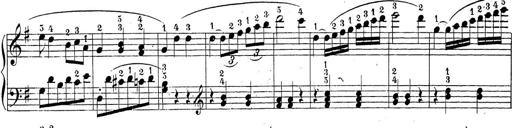
Title: Sonatina Album
Composer: Louis KÃ¶hler